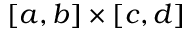
[ a , b ] \times [ c , d ]